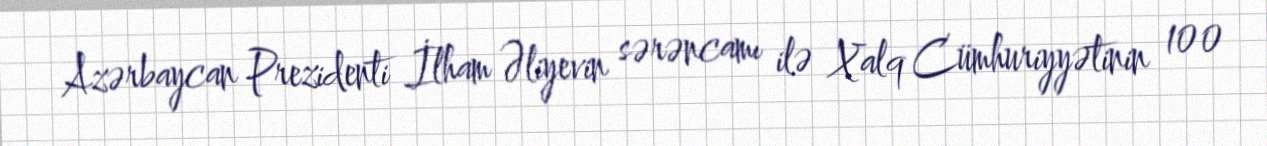
Azərbaycan Prezidenti İlham Əliyevin sərəncamı ilə Xalq Cümhuriyyətinin 100